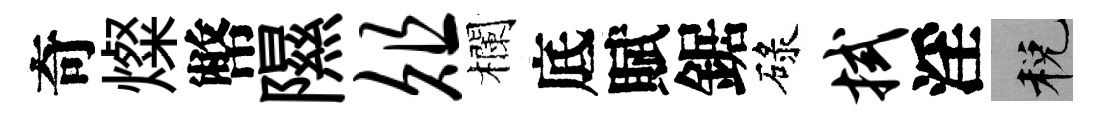
奇燦幣隰俎欄底賦鋸碌拭淫税